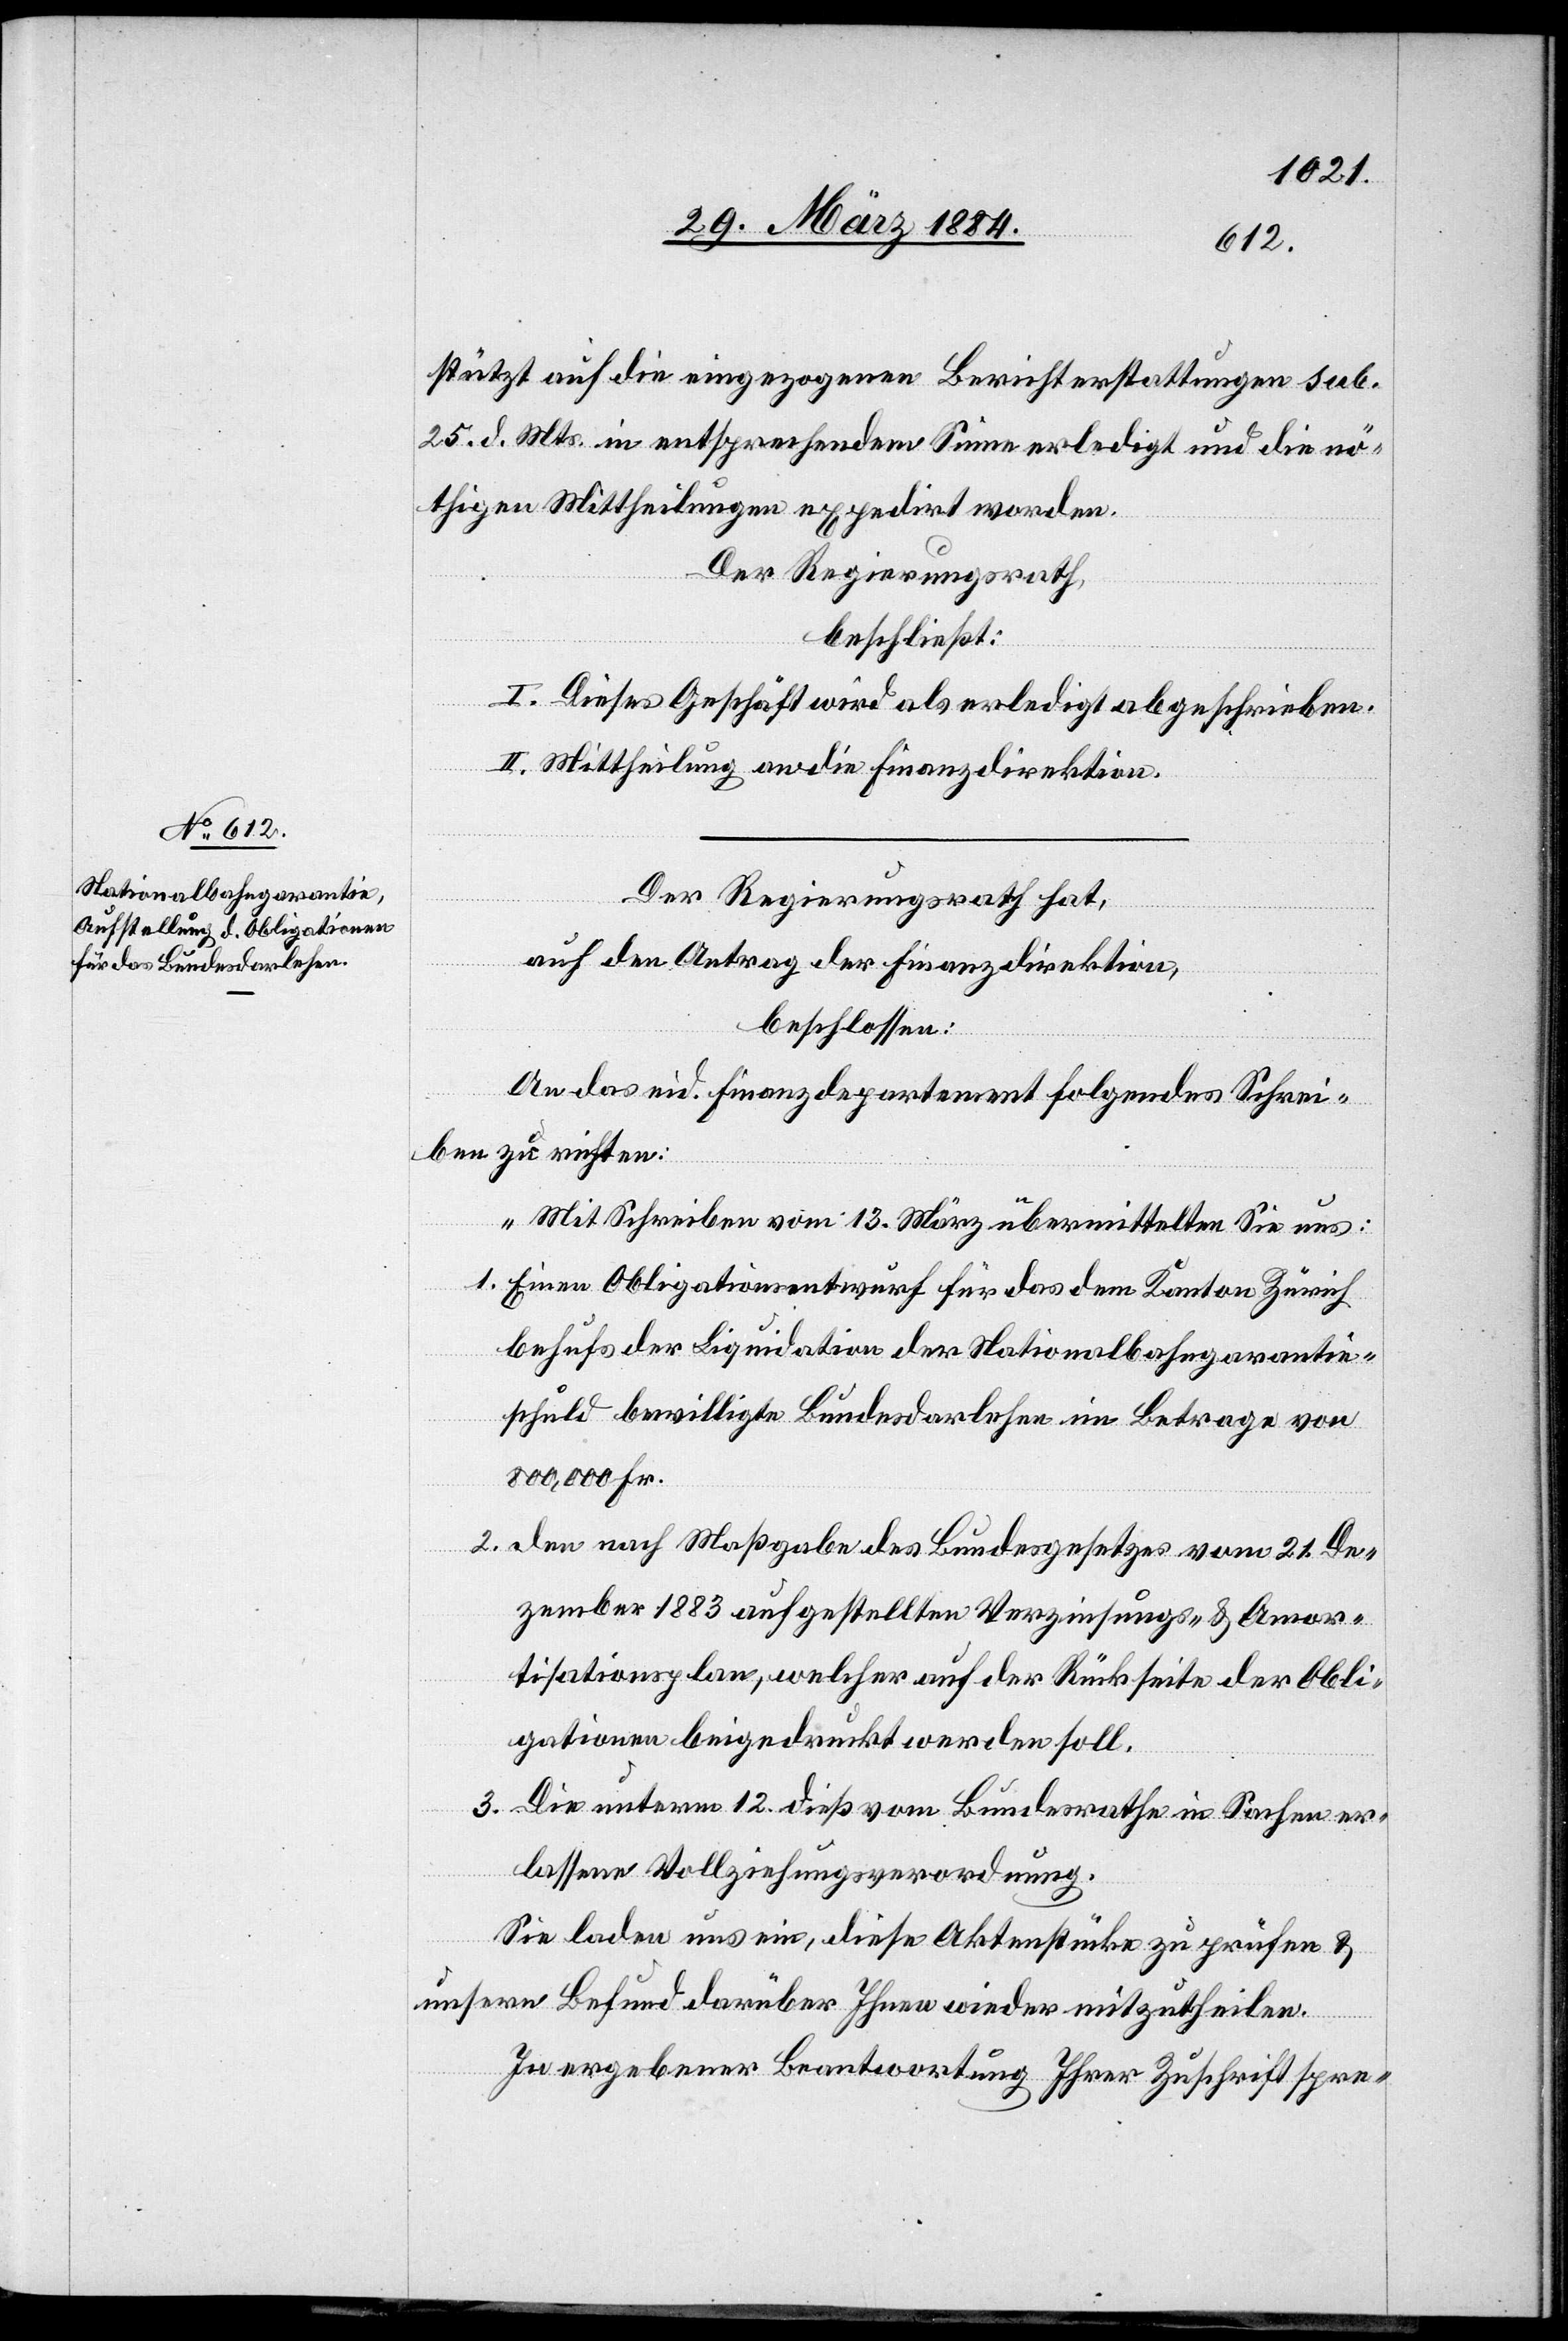
stützt auf die eingezogenen Berichterstattungen sub.
25. d. Mts. in entsprechendem Sinne erledigt und die nö¬
thigen Mittheilungen expedirt worden.
Der Regierungsrath,
beschließt:
I. Dieses Geschäft wird als erledigt abgeschrieben.
II. Mittheilung an die Finanzdirektion.
Der Regierungsrath hat,
auf den Antrag der Finanzdirektion,
beschlossen:
An das eid. Finanzdepartement folgendes Schrei¬
ben zu richten:
„Mit Schreiben vom 13. März übermittelten Sie uns:
1. Einen Obligationsentwurf für das dem Kanton Zürich
behufs der Liquidation der Nationalbahngarantie¬
schuld bewilligte Bundesdarlehen im Betrage von
800,000 Fr.
2. Den nach Maßgabe des Bundesgesetzes vom 21. De¬
zember 1883 aufgestellten Verzinsungs- & Amor¬
tisationsplan, welcher auf der Rückseite der Obli¬
gationen beigedruckt werden soll.
3. Die unterm 12. dieß vom Bundesrathe in Sachen er¬
lassene Vollziehungsverordnung.
Sie laden uns ein, diese Aktenstücke zu prüfen &
unsern Befund darüber Ihnen wieder mitzutheilen.
Zu ergebener Beantwortung Ihrer Zuschrift spre-